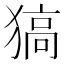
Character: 𤠖